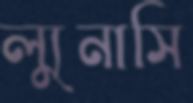
ল্যুনাসি